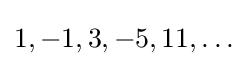
1,-1,3,-5,11,\ldots